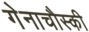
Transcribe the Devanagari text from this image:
गेनाचौस्की